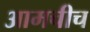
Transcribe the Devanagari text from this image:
आमचीच